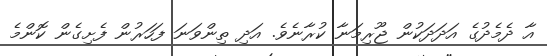
އާ ދެމެދުގެ އަދަދަކުން ޖޫރިމަނާ ކުރާނެވެ. އަދި ތިންވަނަ ފަހަރުން ފެށިގެން ކޮންމެ